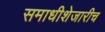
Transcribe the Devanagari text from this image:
समाधीशेजारीच